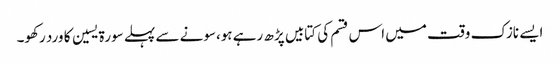
ایسے نازک وقت میں اس قسم کی کتابیں پڑھ رہے ہو،سونے سے پہلے سورة یسین کا ورد رکھو۔